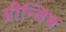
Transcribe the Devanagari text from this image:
ग्रीन्विच